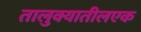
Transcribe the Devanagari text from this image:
तालुक्यातीलएक